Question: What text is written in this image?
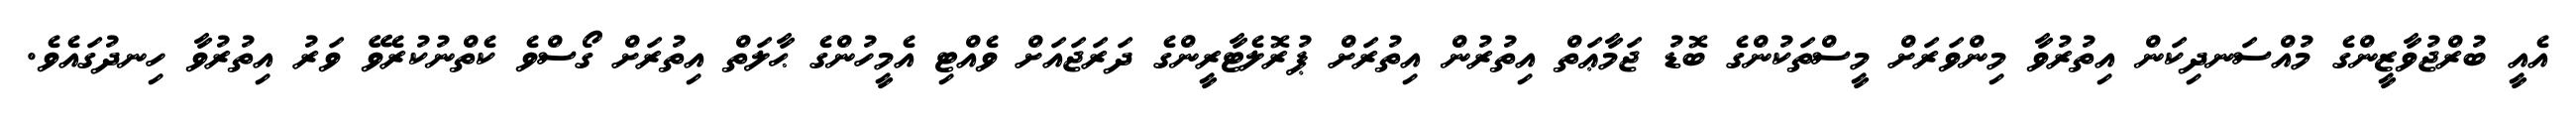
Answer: އެއީ ބުރްޖުވާޒީންގެ މުއްސަނދިކަން އިތުރުވާ މިންވަރަށް މީސްތަކުންގެ ބޮޑު ޖަމާޢަތް އިތުރުން އިތުރަށް ޕުރޮލެޓާރީންގެ ދަރަޖައަށް ވެއްޓި އެމީހުންގެ ޙާލަތް އިތުރަށް ގޯސްވެ ކެތްނުކުރެވޭ ވަރު އިތުރުވާ ހިނދުގައެވެ.